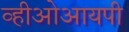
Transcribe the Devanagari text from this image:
व्हीओआयपी